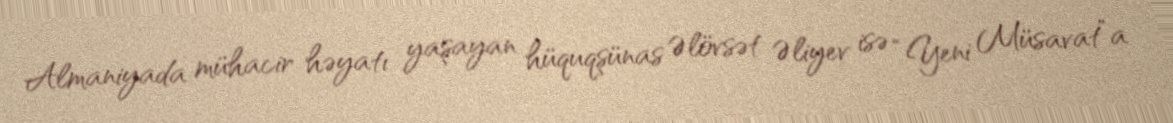
Almaniyada mühacir həyatı yaşayan hüquqşünas Əlövsət Əliyev isə “Yeni Müsavat”a